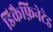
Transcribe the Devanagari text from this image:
डिकैफ़िनेटेड